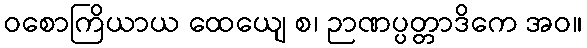
ဝစောကြိယာယ ထေယျေ စ၊ ဉာဏပ္ပတ္တာဒိကေ အဝ။